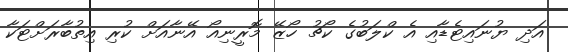
އަދި ޔުނައިޓެޑާއި އެ ކްލަބުގެ ކޯޗު ހޯޒޭ މޮރީނިއޯ އޭނާއަށް ކުރި އިތުބާރަށްޓަކާ